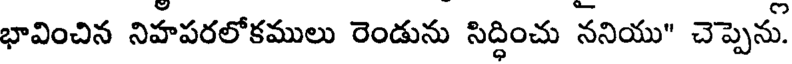
భావించిన నిహపరలోకములు రెండును సిద్ధించు ననియు" చెప్పెను.